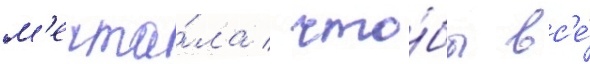
м'ечта́ла / что́бы вс'е́